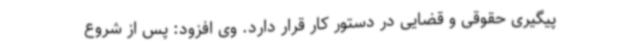
پیگیری حقوقی و قضایی در دستور کار قرار دارد. وی افزود: پس از شروع